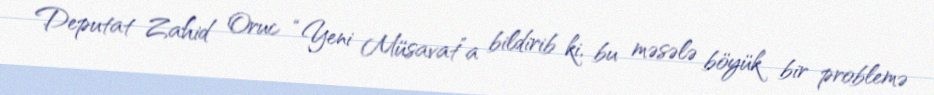
Deputat Zahid Oruc “Yeni Müsavat”a bildirib ki, bu məsələ böyük bir problemə